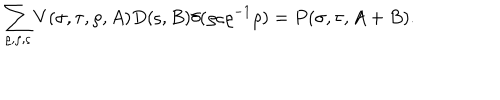
\sum _ { \varrho , \rho , \varsigma } V ( \sigma , \tau , \rho , A ) D ( \varsigma , B ) \delta ( \varrho \varsigma \varrho ^ { - 1 } \rho ) = P ( \sigma , \tau , A + B ) .